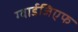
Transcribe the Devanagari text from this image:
ग्वार्डजिएफ